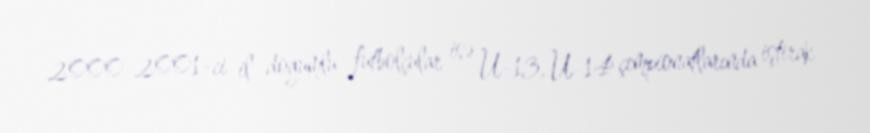
2000–2001-ci il doğumlu futbolçular isə U-13, U-14 çempionatlarında iştirak